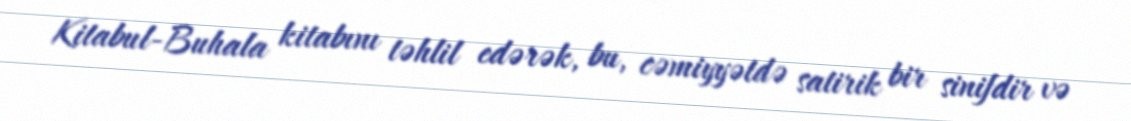
Kitabul-Buhala kitabını təhlil edərək, bu, cəmiyyətdə satirik bir sinifdir və